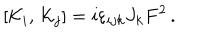
\left[ { \cal K } _ { i } , \, { \cal K } _ { j } \right] = i \varepsilon _ { i j k } J _ { k } F ^ { 2 } \, .